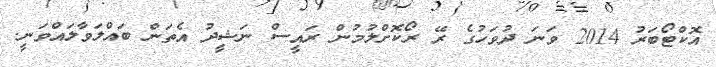
އޮކްޓޯބަރު 2014 ވަނަ ދުވަހުގެ ރޭ ރޯކޮށްލުމުން ރައީސް ނަޝީދު އެތަން ބައްލަވާލައްވަނީ.